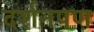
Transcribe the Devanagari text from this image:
दर्शनपण